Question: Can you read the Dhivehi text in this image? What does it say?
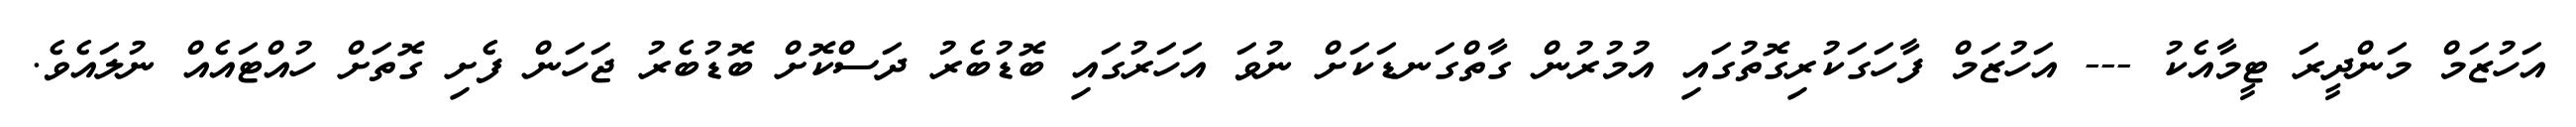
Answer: އަހުޒަމް މަންދީރަ ޓީމާއެކު --- އަހުޒަމް ފާހަގަކުރިގޮތުގައި އުމުރުން ގާތްގަނޑަކަށް ނުވަ އަހަރުގައި ބޮޑުބެރު ދަސްކޮށް ބޮޑުބެރު ޖަހަން ފެށި ގޮތަށް ހުއްޓައެއް ނުލައެވެ.